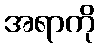
အရာကို